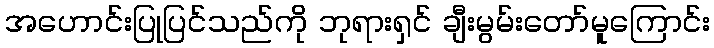
အဟောင်းပြုပြင်သည်ကို ဘုရားရှင် ချီးမွမ်းတော်မူကြောင်း